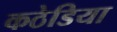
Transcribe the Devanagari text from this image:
कठेडिया